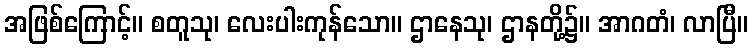
အဖြစ်ကြောင့်။ စတူသု၊ လေးပါးကုန်သော။ ဌာနေသု၊ ဌာနတို့၌။ အာဂတံ၊ လာပြီ။